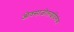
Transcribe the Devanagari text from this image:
ओक्साजोलाइडिनोंस